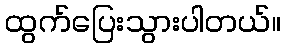
ထွက်ပြေးသွားပါတယ်။